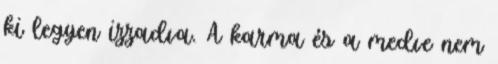
ki legyen izzadva. A karma és a medve nem